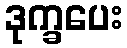
ဒုက္ခပေး